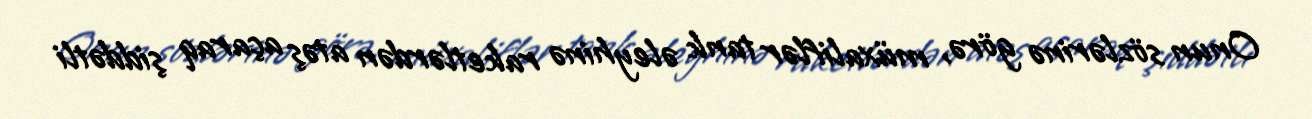
Onun sözlərinə görə, müxaliflər tank əleyhinə raketlərdən atəş açaraq şiddətli